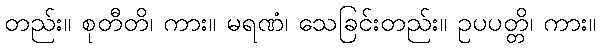
တည်း။ စုတီတိ၊ ကား။ မရဏံ၊ သေခြင်းတည်း။ ဥပပတ္တိ၊ ကား။